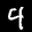
Label: 4